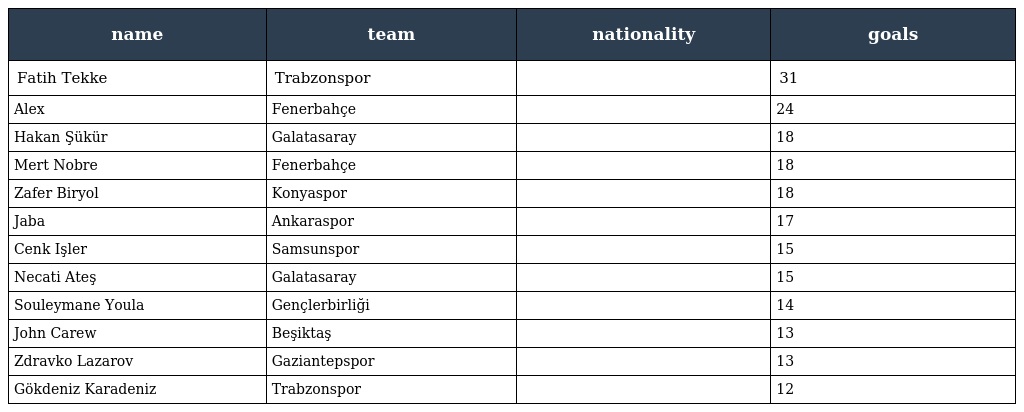
| name | team | nationality | goals |
 | --- | --- | --- | --- |
 | Fatih Tekke | Trabzonspor |  | 31 |
 | Alex | Fenerbahçe |  | 24 |
 | Hakan Şükür | Galatasaray |  | 18 |
 | Mert Nobre | Fenerbahçe |  | 18 |
 | Zafer Biryol | Konyaspor |  | 18 |
 | Jaba | Ankaraspor |  | 17 |
 | Cenk Işler | Samsunspor |  | 15 |
 | Necati Ateş | Galatasaray |  | 15 |
 | Souleymane Youla | Gençlerbirliği |  | 14 |
 | John Carew | Beşiktaş |  | 13 |
 | Zdravko Lazarov | Gaziantepspor |  | 13 |
 | Gökdeniz Karadeniz | Trabzonspor |  | 12 |